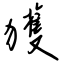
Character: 獲